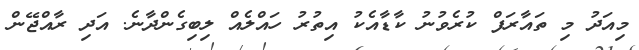
މިއަދު މި ތައާރަފް ކުރެވުނު ކާޑާއެކު އިތުރު ހައްލެއް ލިބިގެންދާނެ. އަދި ރާއްޖޭން